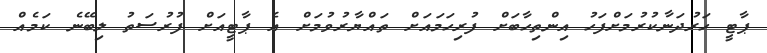
ޕާޓީ ހަރުދަނާކުރުމަށްފަހު އިންތިހާބަށް ފުރިހަމައަށް ތައްޔާރުވުމަށް އެ ޕާޓީއަށް ފުރުސަތު ލިބޭނެ ކަމެއް